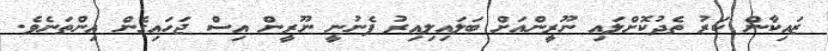
ޒައިކާން ކަރު ތެދުކޮށްލައި ނޫރީންއަށް ބަލައިލިއިރު ފެނުނީ ނޫރީން އިސް ޖަހައިގެން އިންތަނެވެ.